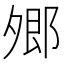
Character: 𡖥